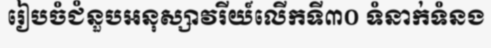
រៀបចំជំនួបអនុស្សាវរីយ៍លើកទី៣០ ទំនាក់ទំនង